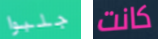
جلبوا كانت